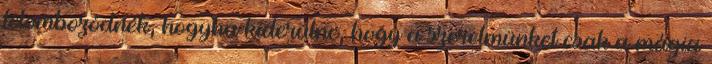
lelombozódnék, hogyha kiderülne, hogy a szerelmünket csak a mágia